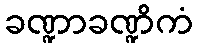
ခဏ္ဍာခဏ္ဍိကံ